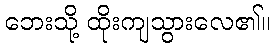
ဘေးသို့ ထိုးကျသွားလေ၏။